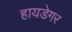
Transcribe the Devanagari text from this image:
हायडेगर